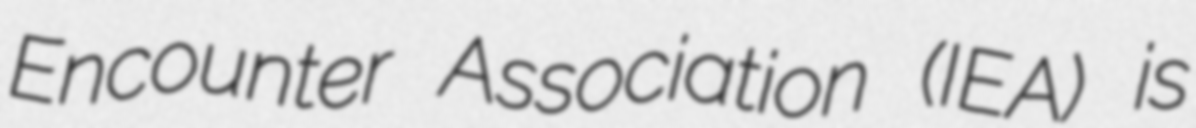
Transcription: Encounter Association (IEA) is